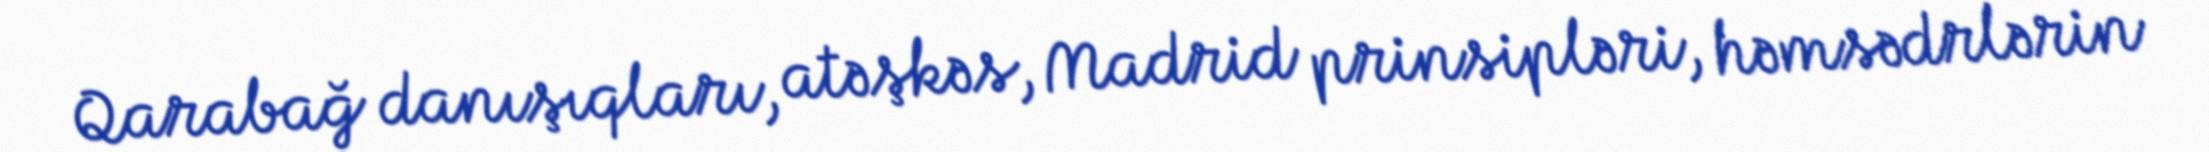
Qarabağ danışıqları, atəşkəs, Madrid prinsipləri, həmsədrlərin